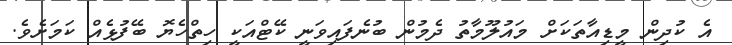
އެ ކުދިން މީޑިއާތަކަށް މައުލޫމާތު ދެމުން ބުނެފައިވަނީ ކޭޓްއަކީ ހިތްހެޔޮ ބޭފުޅެއް ކަމަށެވެ.